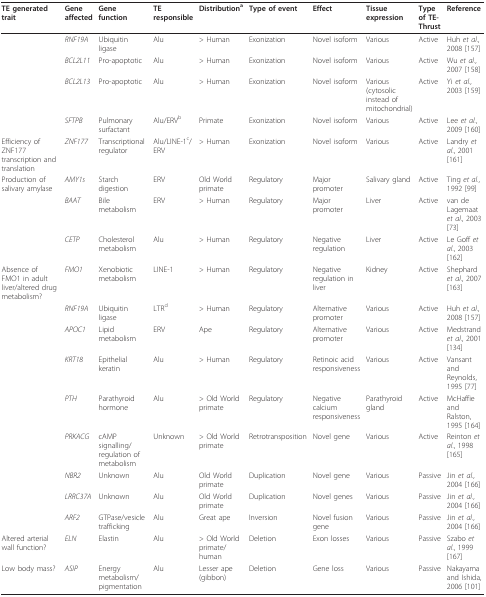
<table><thead><tr><td><b>TE generated trait</b></td><td><b>Gene affected</b></td><td><b>Gene function</b></td><td><b>TE responsible</b></td><td><b>Distribution<sup>a</sup></b></td><td><b>Type of event</b></td><td><b>Effect</b></td><td><b>Tissue expression</b></td><td><b>Type of TE-Thrust</b></td><td><b>Reference</b></td></tr></thead><tbody><tr><td></td><td><i>RNF19A</i></td><td>Ubiquitin ligase</td><td>Alu</td><td>&gt; Human</td><td>Exonization</td><td>Novel isoform</td><td>Various</td><td>Active</td><td>Huh <i>et al.</i>, 2008 [157]</td></tr><tr><td></td><td><i>BCL2L11</i></td><td>Pro-apoptotic</td><td>Alu</td><td>&gt; Human</td><td>Exonization</td><td>Novel isoform</td><td>Various</td><td>Active</td><td>Wu <i>et al.</i>, 2007 [158]</td></tr><tr><td></td><td><i>BCL2L13</i></td><td>Pro-apoptotic</td><td>Alu</td><td>&gt; Human</td><td>Exonization</td><td>Novel isoform</td><td>Various (cytosolic instead of mitochondrial)</td><td>Active</td><td>Yi <i>et al.</i>, 2003 [159]</td></tr><tr><td></td><td><i>SFTPB</i></td><td>Pulmonary surfactant</td><td>Alu/ERV<sup>b</sup></td><td>Primate</td><td>Exonization</td><td>Novel isoform</td><td>Various</td><td>Active</td><td>Lee <i>et al.</i>, 2009 [160]</td></tr><tr><td>Efficiency of ZNF177 transcription and translation</td><td><i>ZNF177</i></td><td>Transcriptional regulator</td><td>Alu/LINE-1<sup>c</sup>/ERV</td><td>&gt; Human</td><td>Exonization</td><td>Novel isoform</td><td>Various</td><td>Active</td><td>Landry <i>et al.</i>, 2001 [161]</td></tr><tr><td>Production of salivary amylase</td><td><i>AMY1s</i></td><td>Starch digestion</td><td>ERV</td><td>Old World primate</td><td>Regulatory</td><td>Major promoter</td><td>Salivary gland</td><td>Active</td><td>Ting <i>et al.</i>, 1992 [99]</td></tr><tr><td></td><td><i>BAAT</i></td><td>Bile metabolism</td><td>ERV</td><td>&gt; Human</td><td>Regulatory</td><td>Major promoter</td><td>Liver</td><td>Active</td><td>van de Lagemaat <i>et al.</i>, 2003 [73]</td></tr><tr><td></td><td><i>CETP</i></td><td>Cholesterol metabolism</td><td>Alu</td><td>&gt; Human</td><td>Regulatory</td><td>Negative regulation</td><td>Liver</td><td>Active</td><td>Le Goff <i>et al.</i>, 2003 [162]</td></tr><tr><td>Absence of FMO1 in adult liver/altered drug metabolism?</td><td><i>FMO1</i></td><td>Xenobiotic metabolism</td><td>LINE-1</td><td>&gt; Human</td><td>Regulatory</td><td>Negative regulation in liver</td><td>Kidney</td><td>Active</td><td>Shephard <i>et al.</i>, 2007 [163]</td></tr><tr><td></td><td><i>RNF19A</i></td><td>Ubiquitin ligase</td><td>LTR<sup>d</sup></td><td>&gt; Human</td><td>Regulatory</td><td>Alternative promoter</td><td>Various</td><td>Active</td><td>Huh <i>et al.</i>, 2008 [157]</td></tr><tr><td></td><td><i>APOC1</i></td><td>Lipid metabolism</td><td>ERV</td><td>Ape</td><td>Regulatory</td><td>Alternative promoter</td><td>Various</td><td>Active</td><td>Medstrand <i>et al.</i>, 2001 [134]</td></tr><tr><td></td><td><i>KRT18</i></td><td>Epithelial keratin</td><td>Alu</td><td>&gt; Human</td><td>Regulatory</td><td>Retinoic acid responsiveness</td><td>Various</td><td>Active</td><td>Vansant and Reynolds, 1995 [77]</td></tr><tr><td></td><td><i>PTH</i></td><td>Parathyroid hormone</td><td>Alu</td><td>&gt; Old World primate</td><td>Regulatory</td><td>Negative calcium responsiveness</td><td>Parathyroid gland</td><td>Active</td><td>McHaffie and Ralston, 1995 [164]</td></tr><tr><td></td><td><i>PRKACG</i></td><td>cAMP signalling/regulation of metabolism</td><td>Unknown</td><td>&gt; Old World primate</td><td>Retrotransposition</td><td>Novel gene</td><td>Various</td><td>Active</td><td>Reinton <i>et al.</i>, 1998 [165]</td></tr><tr><td></td><td><i>NBR2</i></td><td>Unknown</td><td>Alu</td><td>Old World primate</td><td>Duplication</td><td>Novel gene</td><td>Various</td><td>Passive</td><td>Jin <i>et al.</i>, 2004 [166]</td></tr><tr><td></td><td><i>LRRC37A</i></td><td>Unknown</td><td>Alu</td><td>Old World primate</td><td>Duplication</td><td>Novel genes</td><td>Various</td><td>Passive</td><td>Jin <i>et al.</i>, 2004 [166]</td></tr><tr><td></td><td><i>ARF2</i></td><td>GTPase/vesicle trafficking</td><td>Alu</td><td>Great ape</td><td>Inversion</td><td>Novel fusion gene</td><td>Various</td><td>Passive</td><td>Jin <i>et al.</i>, 2004 [166]</td></tr><tr><td>Altered arterial wall function?</td><td><i>ELN</i></td><td>Elastin</td><td>Alu</td><td>&gt; Old World primate/human</td><td>Deletion</td><td>Exon losses</td><td>Various</td><td>Passive</td><td>Szabo <i>et al.</i>, 1999 [167]</td></tr><tr><td>Low body mass?</td><td><i>ASIP</i></td><td>Energy metabolism/pigmentation</td><td>Alu</td><td>Lesser ape (gibbon)</td><td>Deletion</td><td>Gene loss</td><td>Various</td><td>Passive</td><td>Nakayama and Ishida, 2006 [101]</td></tr></tbody></table>